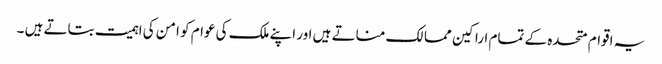
یہ اقوام متحدہ کے تمام اراکین ممالک مناتے ہیں اور اپنے ملک کی عوام کو امن کی اہمیت بتاتے ہیں ۔